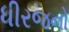
ધીરજનો